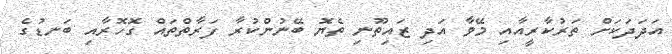
އަދަދަކަށް ތަރުކާރީއާއި މޭވާ އަދި ޒައިތޫނި ތެޔޮ ބޭނުންކުރާ ފަރާތްތައް ގޮހޮރާއި ބަނޑުގެ